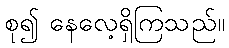
စု၍ နေလေ့ရှိကြသည်။